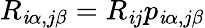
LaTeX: R_{\mathit{i}\alpha,j\beta}=R_{\mathit{i}j}p_{\mathit{i}\alpha,j\beta}